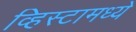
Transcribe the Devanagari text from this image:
व्हिस्टामध्ये